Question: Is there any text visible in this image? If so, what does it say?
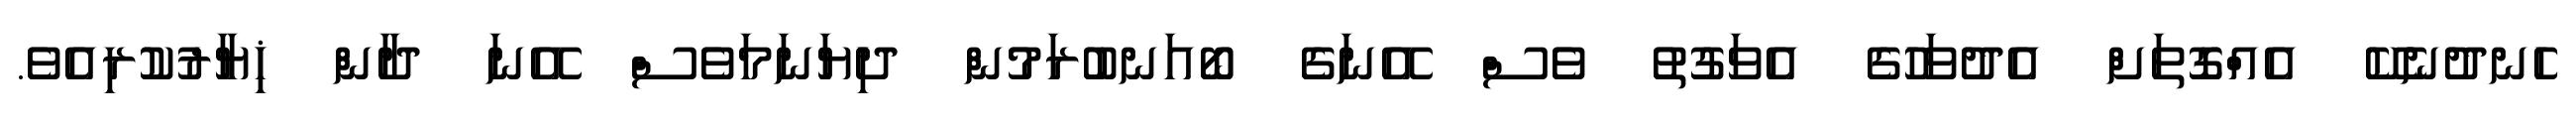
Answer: ހެނދުނެކޭ އެއްގޮތަށް އެދުވަހުގެ އެވަގުތު ވެސް އޭނަގެ ބޯއަނބުރަމުން ދިޔަނަމަވެސް އޭނަ ދާން ޚިޔާރުކުރިއެވެ.